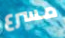
مسرع